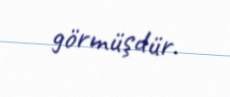
görmüşdür.